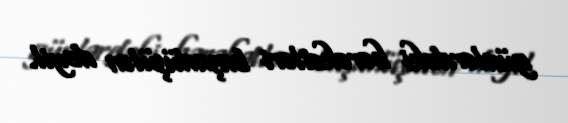
günlərdəki hərəkətləri başadüşülən deyil.